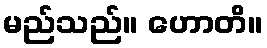
မည်သည်။ ဟောတိ။